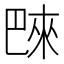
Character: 𪩭